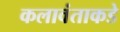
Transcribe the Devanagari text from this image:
कलावंताकडे